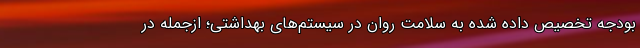
بودجه تخصیص داده شده به سلامت روان در سیستم‌های بهداشتی؛ ازجمله در